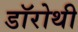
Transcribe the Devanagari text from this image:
डॉरोथी